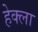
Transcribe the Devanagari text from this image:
हेक्ला